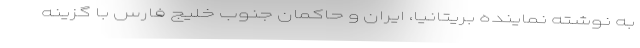
به نوشته نماینده بریتانیا، ایران و حاکمان جنوب خلیج فارس با گزینه